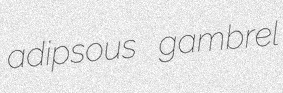
adipsous gambrel